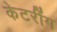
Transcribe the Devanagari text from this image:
केटरींग